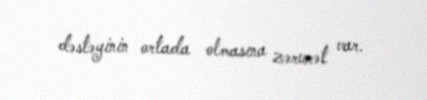
dəstəyinin ortada olmasına zərurət var.